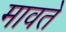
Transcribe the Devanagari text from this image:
मावते